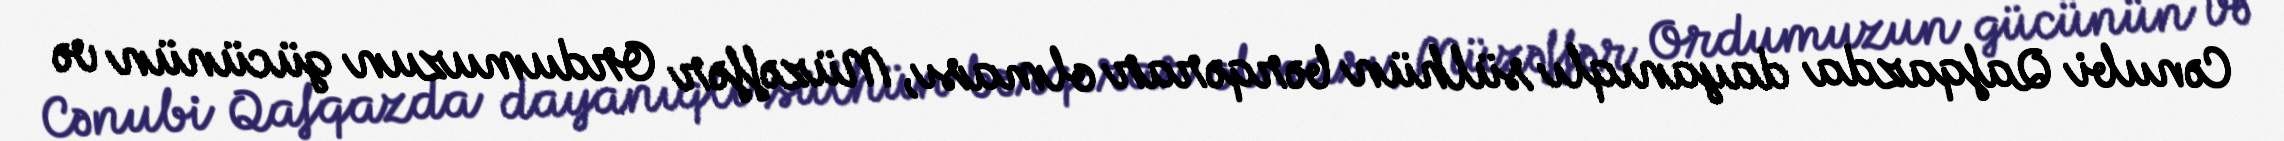
Cənubi Qafqazda dayanıqlı sülhün bərqərar olması, Müzəffər Ordumuzun gücünün və